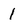
Character: 1